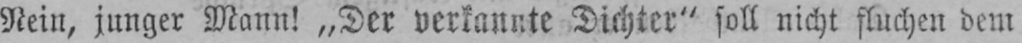
Nein, junger Mann! „Der verkannte Dichter“ soll nicht fluchen dem